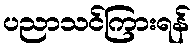
ပညာသင်ကြားရန်